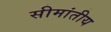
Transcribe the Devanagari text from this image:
सीमांतीय